Leaving Certificate, 1901
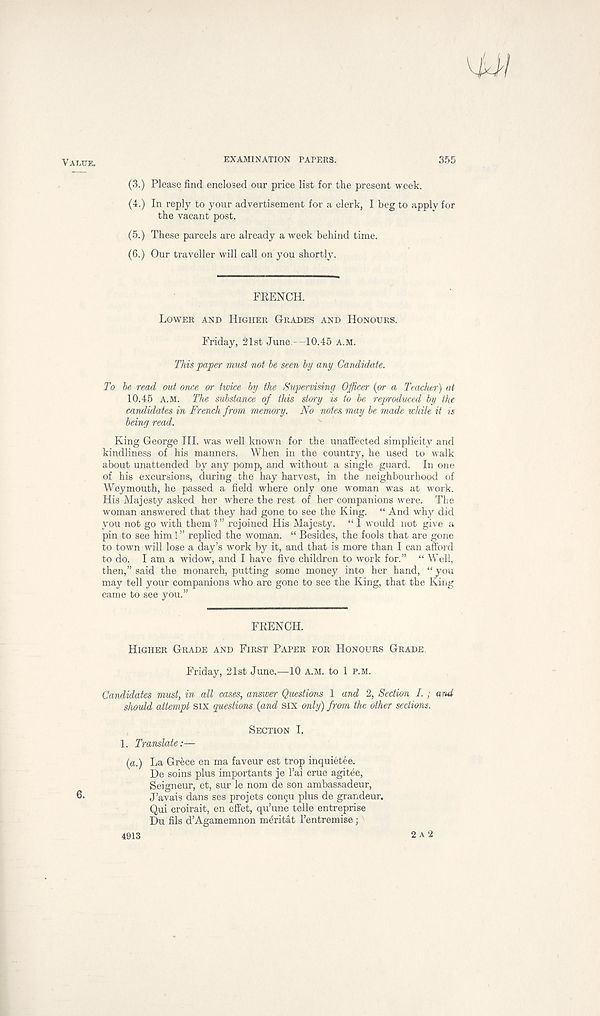
EXAMINATION PAPERS.
355
(3.) Please find enclosed our price list for the present week.
(4.) In reply to your advertisement for a clerk, I beg to apply for
the vacant post.
(5.) These parcels are already a week behind time.
(6.) Our traveller will call on you shortly.
FRENCH.
LOWER AND HIGHER GRADES AND HONOURS.
Friday, 21st June - 10.45 A.M.
This paper must not he seen by any Candidate.
To be read out once or twice by the Supervising Officer (or a Teacher) at
10.45 A.M. The substance of this story is to be reproduced by the
candidates in French from memory. No notes may be made while it is
being read.
King George III. was well known for the unaffected simplicity and
kindliness of his manners. When in the country, he used to walk
about unattended by any pomp, and without a single guard. In one
of his excursions, during the hay harvest, in the neighbourhood of
Weymouth, he passed a field where only one woman was at work.
His Majesty asked her where the rest of her companions were. The
woman answered that they had gone to see the King. “ And why did
you not go with them 1 ” rejoined His Majesty. “ 1 would not give a
pin to see him ! ” replied the woman. “ Besides, the fools that are gone
to town will lose a day’s work by it, and that is more than I can afford
to do. I am a widow, and I have five children to work for.” “ Well,
then,” said the monarch, putting some money into her hand, “ you
may tell your companions who are gone to see the King, that the King
came to see you.”
FRENCH.
HIGHER GRADE AND FIRST PAPER FOR HONOURS GRADE.
Friday, 21st June.—10 A.M. to 1 P.M.
Candidates must, in all cases, answer Questions 1 and 2, Section I.; and
should attempt six questions (and six only) from the other sections.
SECTION I.
1. Translate:—
(a.) La Grece en ma faveur est trop inquietee.
De soins plus importants je 1’ai crue agitee,
Seigneur, et, sur le nom de son ambassadeur,
J’avais dans ses projets congu plus de grandeur.
Qui croirait, en effet, qu’une telle entreprise
Du fils d’Agamemnon meritat I’entremise j
4913
2 A 2